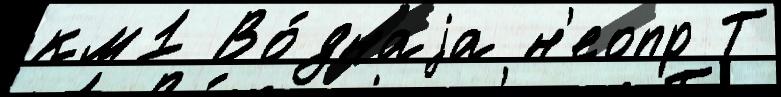
км1 Во́днаjа н'еопр Т